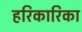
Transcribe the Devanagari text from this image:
हरिकारिका